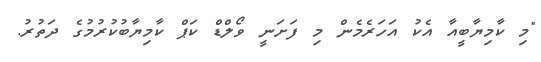
"މި ކާމިޔާބީއާ އެކު އަހަރެމެން މި ފަށަނީ ވޯލްޑް ކަޕް ކާމިޔާބުކުރުމުގެ ދަތުރު.